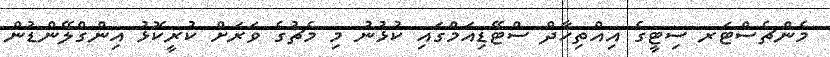
މެންޗެސްޓަރ ސިޓީގެ އިއްތިހާދް ސްޓޭޑިއަމްގައި ކުޅުނު މި މެޗުގެ ވަރަށް ކުރީކޮޅު އިންގްލޭންޑުން